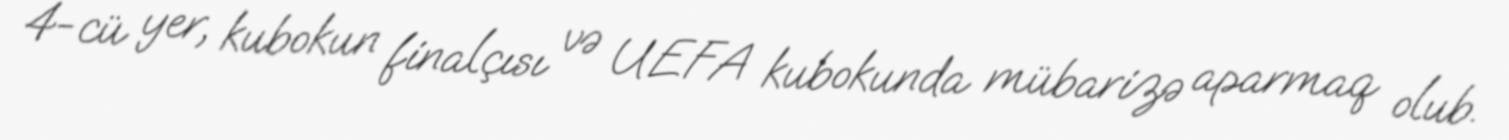
4-cü yer, kubokun finalçısı və UEFA kubokunda mübarizə aparmaq olub.